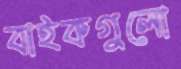
বাইকগুলো